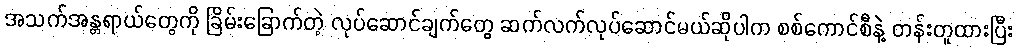
အသက်အန္တရာယ်တွေကို ခြိမ်းခြောက်တဲ့ လုပ်ဆောင်ချက်တွေ ဆက်လက်လုပ်ဆောင်မယ်ဆိုပါက စစ်ကောင်စီနဲ့ တန်းတူထားပြီး